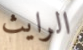
الرايث